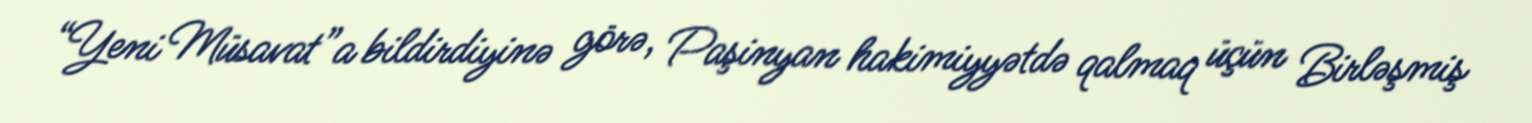
“Yeni Müsavat”a bildirdiyinə görə, Paşinyan hakimiyyətdə qalmaq üçün Birləşmiş